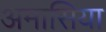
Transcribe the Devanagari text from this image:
अमासिया